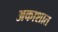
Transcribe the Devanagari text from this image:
अकाशात